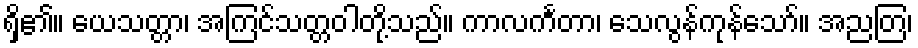
ရှိ၏။ ယေသတ္တာ၊ အကြင်သတ္တဝါတို့သည်။ ကာလင်္ကတာ၊ သေလွန်ကုန်သော်။ အညတြ၊